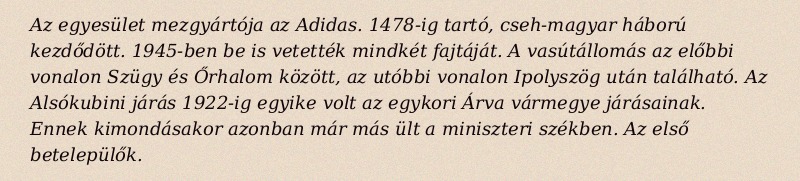
Az egyesület mezgyártója az Adidas. 1478-ig tartó, cseh-magyar háború kezdődött. 1945-ben be is vetették mindkét fajtáját. A vasútállomás az előbbi vonalon Szügy és Őrhalom között, az utóbbi vonalon Ipolyszög után található. Az Alsókubini járás 1922-ig egyike volt az egykori Árva vármegye járásainak. Ennek kimondásakor azonban már más ült a miniszteri székben. Az első betelepülők.